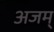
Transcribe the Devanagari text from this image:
अजम्